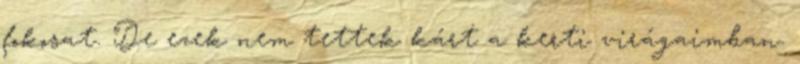
fokosat. De ezek nem tettek kárt a kerti virágaimban.